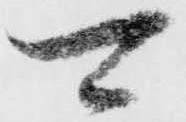
可